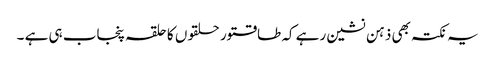
یہ نکتہ بھی ذہن نشین رہے کہ طاقتور حلقوں کا حلقہ پنجاب ہی ہے ۔